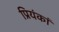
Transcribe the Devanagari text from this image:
प्रियंकां